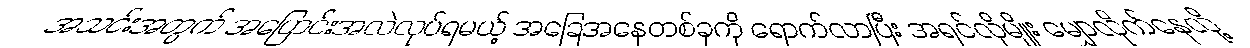
အသင်းအတွက် အပြောင်းအလဲလုပ်ရမယ့် အခြေအနေတစ်ခုကို ရောက်လာပြီး အရင်လိုမျိုး မျှောလိုက်နေလို့